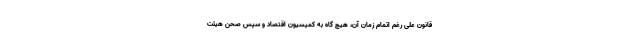
قانون علی رغم اتمام زمان آن، هیچ گاه به کمیسیون اقتصاد و سپس صحن هیئت